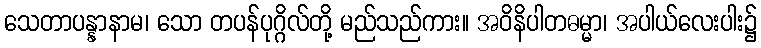
သေတာပန္နာနာမ၊ သော တပန်ပုဂ္ဂိလ်တို့ မည်သည်ကား။ အဝိနိပါတဓမ္မာ၊ အပါယ်လေးပါး၌